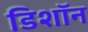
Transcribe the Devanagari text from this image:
डिशॉन